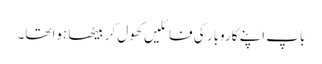
باپ اپنے کاروبار کی فائلیں کھول کر بیٹھا ہوا تھا۔